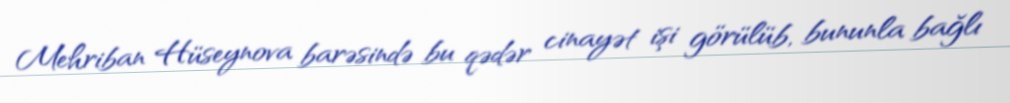
Mehriban Hüseynova barəsində bu qədər cinayət işi görülüb, bununla bağlı